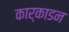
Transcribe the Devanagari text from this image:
कार्काडन